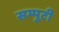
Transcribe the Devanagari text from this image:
सम्पुटी